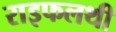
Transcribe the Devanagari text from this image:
राइफलथी